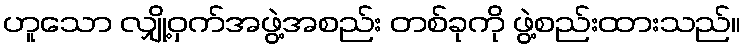
ဟူသော လျှို့ဝှက်အဖွဲ့အစည်း တစ်ခုကို ဖွဲ့စည်းထားသည်။